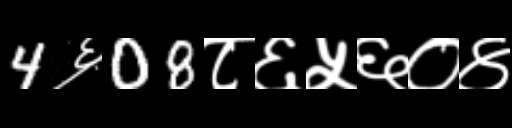
Text: 4६08८६५६०४